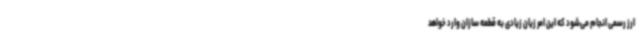
ارز رسمی انجام می‌شود که این امر زیان زیادی به قطعه سازان وارد خواهد